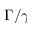
\Gamma / \gamma